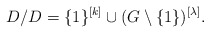
\begin{align*}D/D = \{1\}^{[k]} \cup (G \setminus \{1\})^{[\lambda]}.\end{align*}